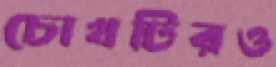
চোখটিরও